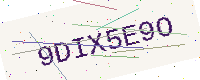
Text: 9DIX5E9O